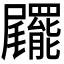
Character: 𡳹